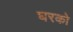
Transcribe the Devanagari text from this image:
घरको